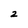
Character: 2